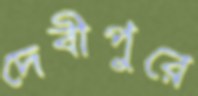
দেবীপুরে